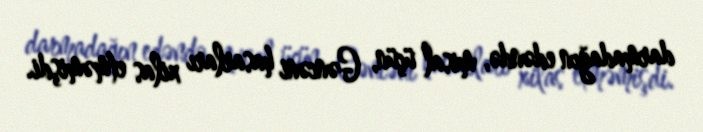
darmadağın edəndə, misal üçün, Gəncəni hasarları xilas etməmişdi.